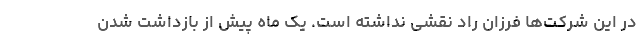
در این شرکت‌ها فرزان راد نقشی نداشته است. یک ماه پیش از بازداشت شدن